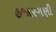
હજારગણી